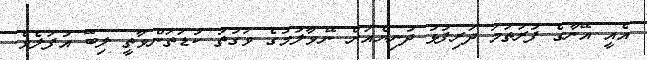
އެއީ އޭނާގެ ފުރަތަމަ ދަރިފުޅު ދުނިޔެއަށް ނޭވާލުުމުގެ ވަގުތު ކުޑަތަންވާތީ ލިބޭ އުފަލެވެ.